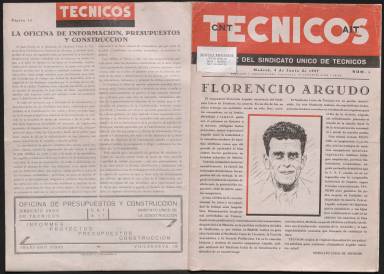
Título: Técnicos (Madrid)
Colección: Prensa sindical || Guerra civil
Ámbito geográfico: Madrid
Lugar de publicación: Madrid
Fechas: 05/06/1937-31/12/1937